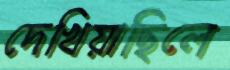
দেখিয়াছিলে